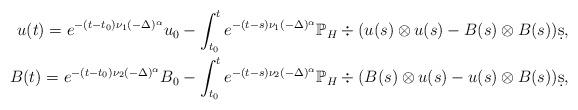
LaTeX: \begin{align*}u(t) = e^{-(t-t_0) \nu_1 (-\Delta)^{\alpha}} u_0 - \int_{t_0}^t e^{-(t-s) \nu_1 (-\Delta)^{\alpha}} {\mathbb P}_H \div (u(s) \otimes u(s)-B(s)\otimes B(s)) \d s, \\B(t) = e^{-(t-t_0) \nu_2 (-\Delta)^{\alpha}} B_0 - \int_{t_0}^t e^{-(t-s) \nu_2 (-\Delta)^{\alpha}} {\mathbb P}_H \div (B(s) \otimes u(s)-u(s)\otimes B(s)) \d s, \end{align*}